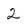
Character: 2